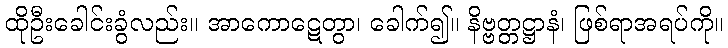
ထိုဦးခေါင်းခွံလည်း။ အာကောဋေတွာ၊ ခေါက်၍။ နိဗ္ဗတ္တဋ္ဌာနံ၊ ဖြစ်ရာအရပ်ကို။